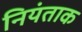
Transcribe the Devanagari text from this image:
नियंताक